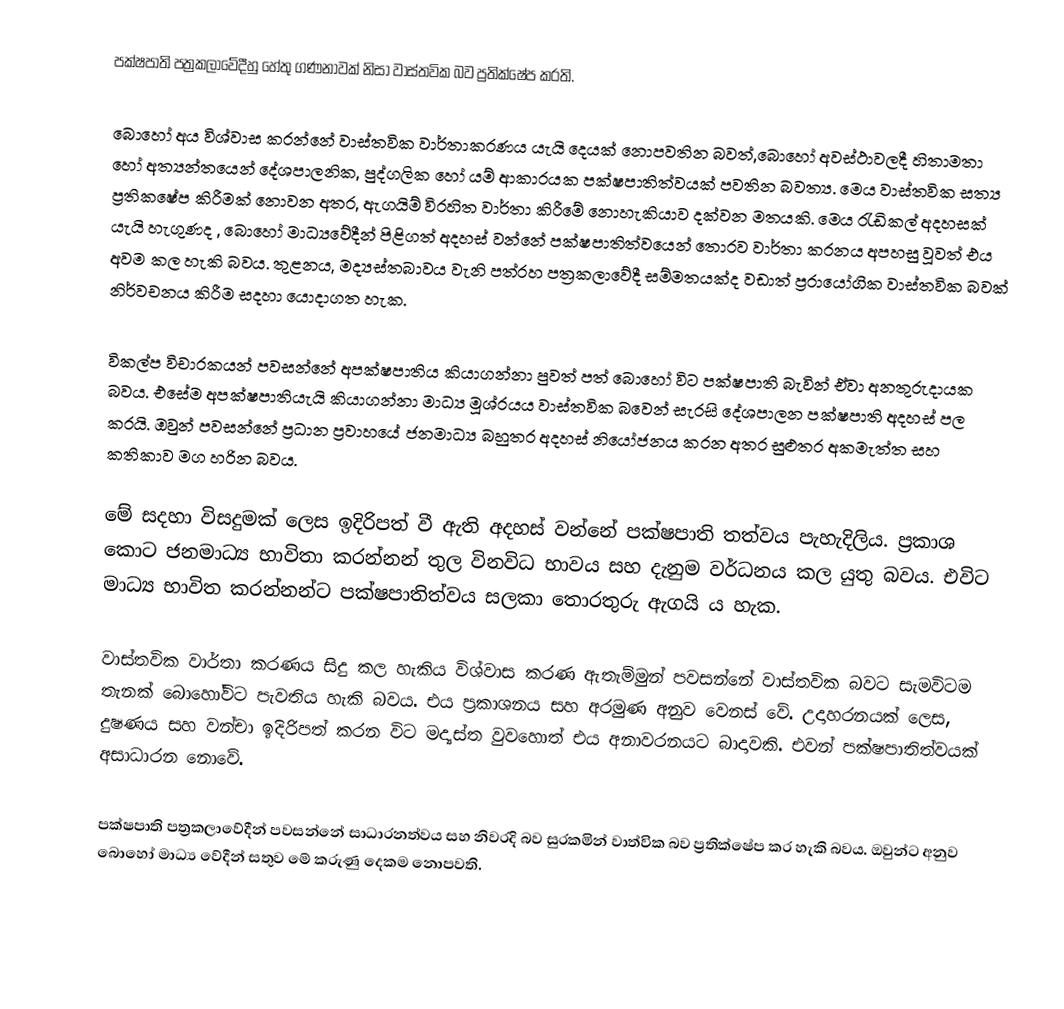
පක්ෂපාති පත්‍රකලාවේදීහු හේතු ගණනාවක් නිසා වාස්තවික බව ප්‍රතික්ෂේප කරති.

බොහෝ අය විශ්වාස කරන්නේ වාස්තවික වාර්තාකරණය යැයි දෙයක් නොපවතින බවත්,බොහෝ අවස්ථාවලදී හිතාමතා හෝ අත්‍යන්තයෙන් දේශපාලනික, පුද්ගලික හෝ යම් ආකාරයක පක්ෂපාතිත්වයක් පවතින බවත්‍ය. මෙය වාස්තවික සත්‍ය ප්‍රතිකෂේප කිරීමක් නොවන අතර, ඇගයිම් විරහිත වාර්තා කිරීමේ නොහැකියාව දක්වන මතයකි. මෙය රැඩිකල් අදහසක් යැයි හැගුණද , බොහෝ මාධ්‍යවේදීන් පිළිගත් අදහස් වන්නේ පක්ෂපාතිත්වයෙන් තොරව වාර්තා කරනය අපහසු වූවත් එය අවම කල හැකි බවය. තුළනය, මද්‍යස්තබාවය වැනි පත්රහ පත්‍රකලාවේදී සම්මතයක්ද වඩාත් ප්‍රරායෝගික වාස්තවික බවක් නිර්වචනය කිරීම සදහා යොදාගත හැක.

විකල්ප විචාරකයන් පවසන්නේ අපක්ෂපාතිය කියාගන්නා පුවත් පත් බොහෝ විට පක්ෂපාති බැවින් ඒවා අනතුරුදායක බවය. එ‍සේම අපක්ෂපාතියැයි කියාගන්නා මාධ්‍ය මූශ්රයය වාස්තවික  බවෙන් සැරසි දේශපාලන පක්ෂපාති අදහස් පල කරයි. ඔවුන් පවසන්නේ ප්‍රධාන ප්‍රවාහයේ ජනමාධ්‍ය බහුතර අදහස් නියෝජනය කරන අතර සුළුතර අකමැත්ත සහ කතිකාව මග හරින බවය.

මේ සදහා විසදුමක් ලෙස ඉදිරිපත් වී ඇති අදහස් වන්නේ පක්ෂපාති තත්වය පැහැදිලිය. ප්‍රකාශ කොට ජනමාධ්‍ය භාවිතා කරන්නන් තුල විනවිධ භාවය සහ දැනුම වර්ධනය කල යුතු  බවය. එවිට මාධ්‍ය භාවිත කරන්නන්ට පක්ෂපාතිත්වය සලකා තොරතුරු ඇගයි ය හැක.

වාස්තවික වාර්තා කරණය සිදු කල හැකිය විශ්වාස කරණ ඇතැම්මුන් පවසන්නේ වාස්තවික බවට සැමවිටම තැනක් බොහෝවිට පැවතිය හැකි බවය. එය ප්‍රකාශනය සහ අරමුණ අනුව වෙනස් වේ. උදාහරනයක් ලෙස, දුෂණය සහ වන්චා ඉදිරිපත් කරන විට මද්‍යස්ත වුවහොත් එය අනාවරනයට බාදාවකි. එවන් පක්ෂපාතිත්වයක් අසාධාරන නොවේ.

පක්ෂපාති පත්‍රකලාවේදීන් පවසන්නේ සාධාරනත්වය සහ නිවරදි බව සුරකමින් වාත්වික බව ප්‍රතික්ෂේප කර හැකි බවය. ඔවුන්ට අනුව බොහෝ මාධ්‍ය වේදීන් සතුව මේ කරුණු දෙකම නොපවති.